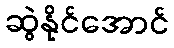
ဆွဲနိုင်အောင်